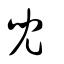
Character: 𠒆